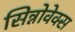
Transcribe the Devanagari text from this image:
सिन्नोवेक्स